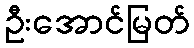
ဦးအောင်မြတ်